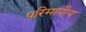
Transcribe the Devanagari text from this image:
परिमापीय